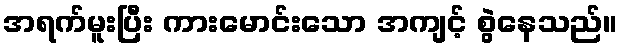
အရက်မူးပြီး ကားမောင်းသော အကျင့် စွဲနေသည်။